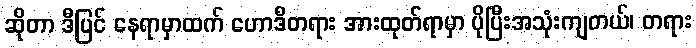
ဆိုတာ ဒီပြင် နေရာမှာထက် ဟောဒီတရား အားထုတ်ရာမှာ ပိုပြီးအသုံးကျတယ်၊ တရား